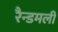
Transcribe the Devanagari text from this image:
रैन्डमली